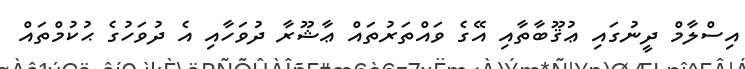
އިސްލާމް ދީނުގައި ޢުޤޫބާތާއި އޭގެ ވައްތަރުތައް ޢާޝޫރާ ދުވަހާއި އެ ދުވަހުގެ ޙުކުމްތައް